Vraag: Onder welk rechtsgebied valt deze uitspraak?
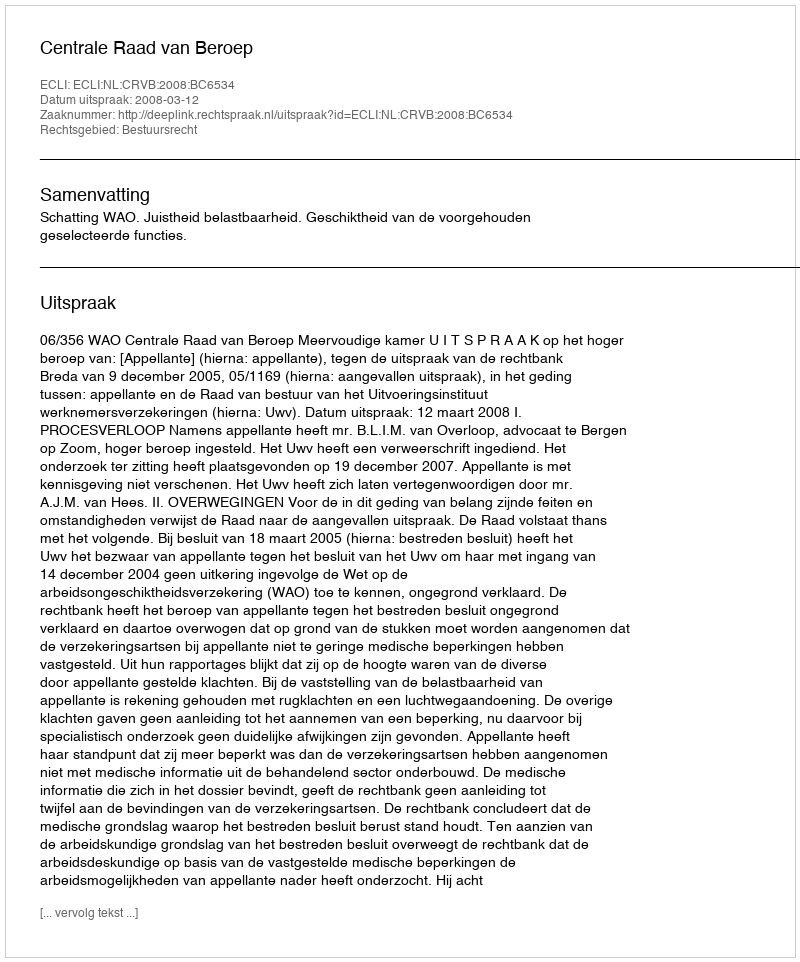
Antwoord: Bestuursrecht